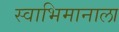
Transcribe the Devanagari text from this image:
स्वाभिमानाला